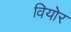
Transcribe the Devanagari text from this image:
वियोर